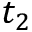
t _ { 2 }